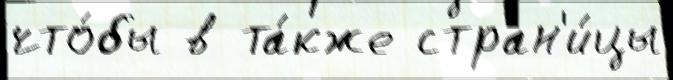
что́бы в та́кже стран'и́цы